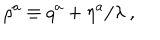
\rho ^ { a } \equiv q ^ { a } + \eta ^ { a } / \lambda ~ ,